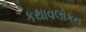
કથાવલોકન